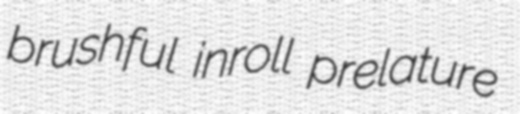
brushful inroll prelature